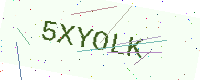
Text: 5XYOLK